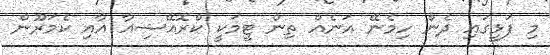
މި ފަޅީގައި ދެން ހިމެނޭ އަނެއް ތިން ޓީމަކީ ކްރޮއޭޝިއާ އާއި ކެމަރޫން